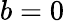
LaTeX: b=0